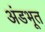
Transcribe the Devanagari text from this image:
अंडभूत